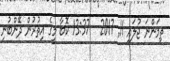
ތިމަންނަ ޖުލައި 11